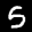
Label: 5